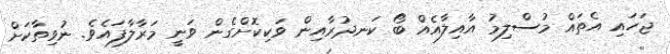
ޖަހައި އެތައް މުސްލިމު އާއިލާއެއް ބޯ ކަނދުރާއިން ވަކިކޮށްގެން ވަނީ މަރާލާފައެވެ. ނުވިތާކަށް